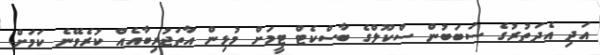
އަދި އެދަތުރުގެ ސަބަބުން ސްކޫލްގެ ބާސްކެޓް ޓީމަށް މުޅިން އާތަޖުރިބާއެއް ކުރެވޭނެ ކަމަށް